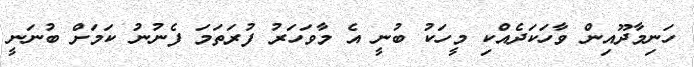
ހަނިމާދޫއިން ވާހަކަދެއްކި މީހަކު ބުނީ އެ މާވަހަރު ފުރަތަމަ ފެނުނު ކަމަށް ބުނަނީ